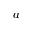
a